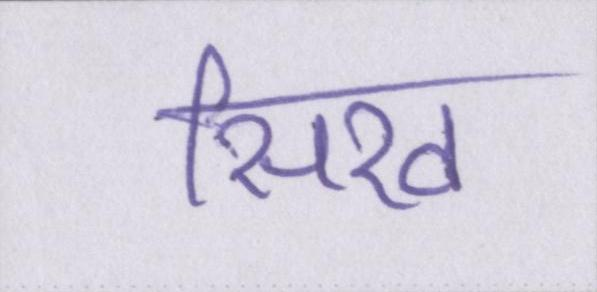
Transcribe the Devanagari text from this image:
सिख